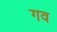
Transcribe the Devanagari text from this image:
गव